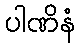
ပါဏိနံ